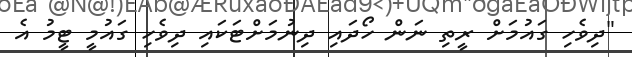
"ދިވެހި ގައުމަށް ރީތި ނަން ހޯދައި ދިނުމަށްޓަކައި ދިވެހި ގައުމީ ޓީމު އެ